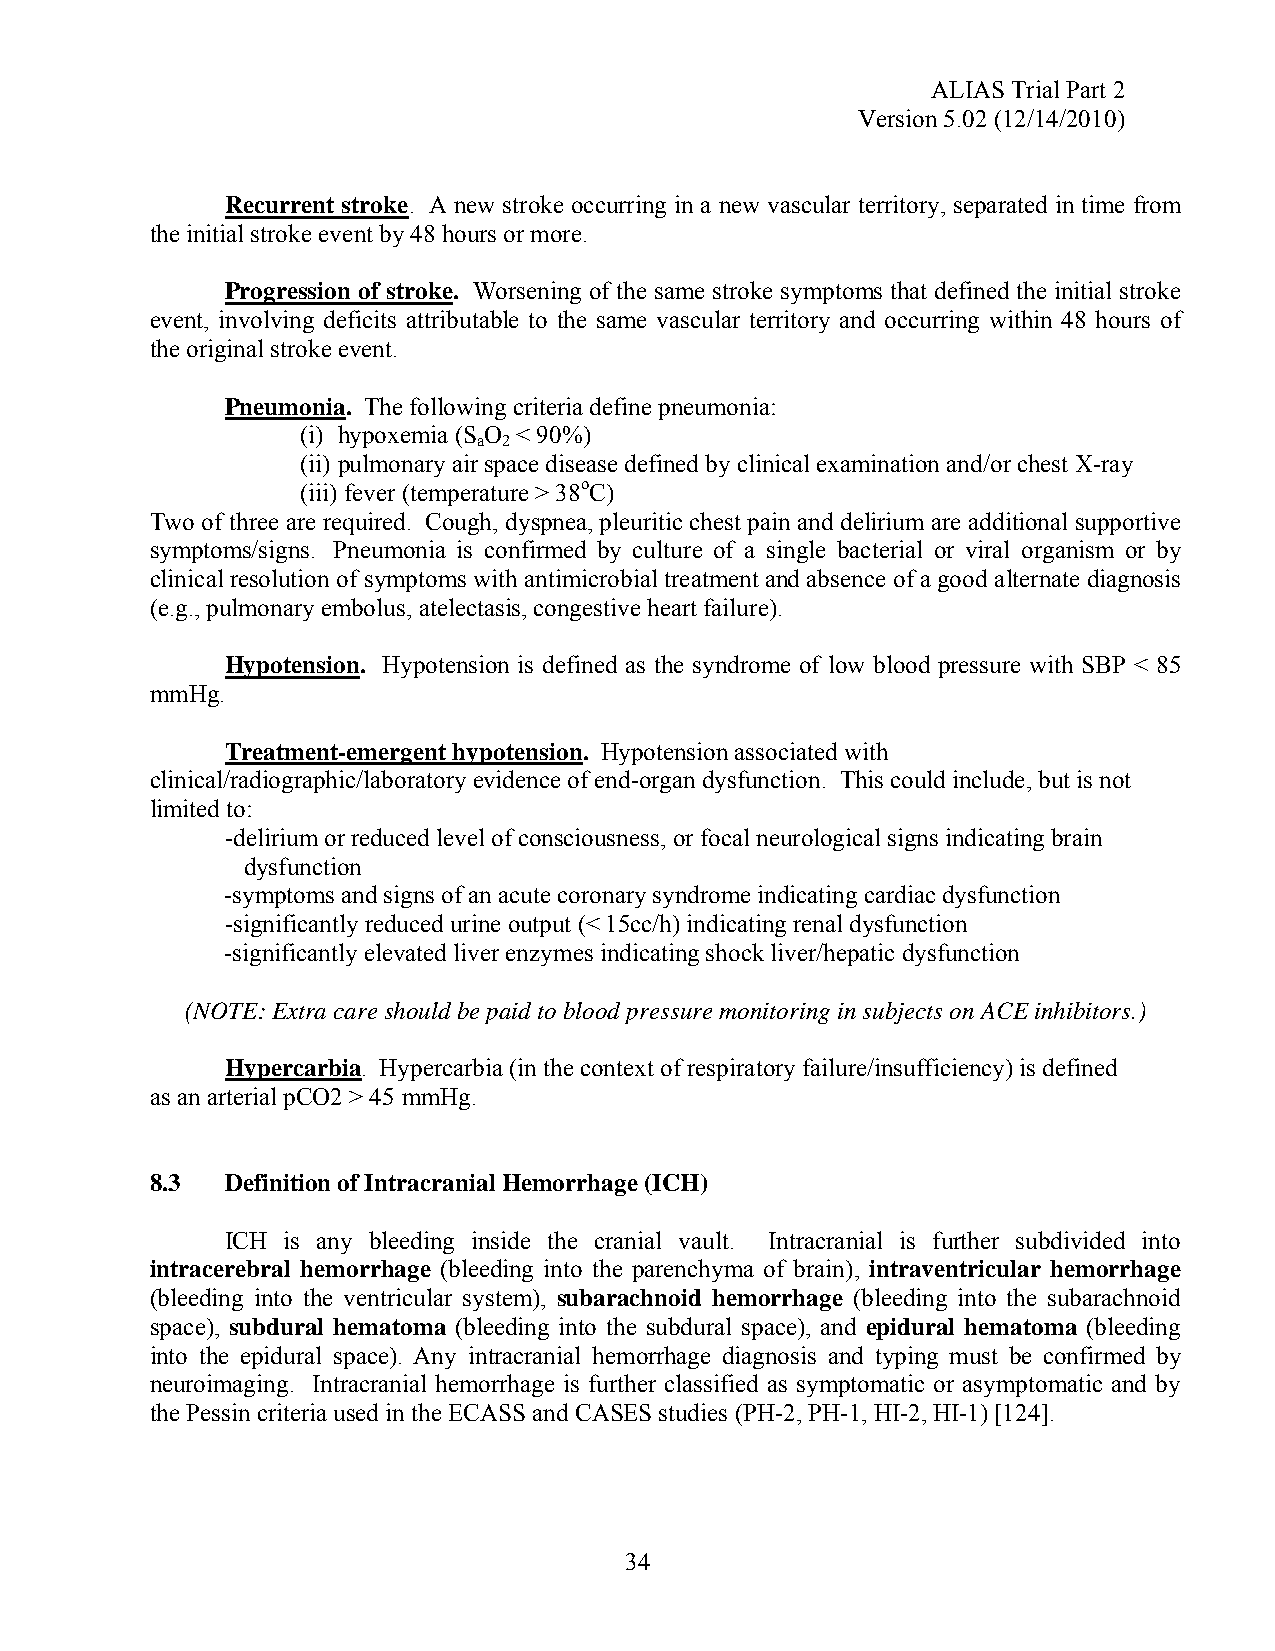
ALIAS Trial Part 2
 Version 5.02 (12/14/2010)
 Recurrent stroke. A new stroke occurring in a new vascular territory, separated in time from
 the initial stroke event by 48 hours or more.
 Progression of stroke. Worsening of the same stroke symptoms that defined the initial stroke
 event, involving deficits attributable to the same vascular territory and occurring within 48 hours of
 the original stroke event.
 Pneumonia. The following criteria define pneumonia:
 (i) hypoxemia (S O < 90%)
 a 2
 (ii) pulmonary air space disease defined by clinical examination and/or chest X-ray
 (iii) fever (temperature > 38oC)
 Two of three are required. Cough, dyspnea, pleuritic chest pain and delirium are additional supportive
 symptoms/signs. Pneumonia is confirmed by culture of a single bacterial or viral organism or by
 clinical resolution of symptoms with antimicrobial treatment and absence of a good alternate diagnosis
 (e.g., pulmonary embolus, atelectasis, congestive heart failure).
 Hypotension. Hypotension is defined as the syndrome of low blood pressure with SBP < 85
 mmHg.
 Treatment-emergent hypotension. Hypotension associated with
 clinical/radiographic/laboratory evidence of end-organ dysfunction. This could include, but is not
 limited to:
 -delirium or reduced level of consciousness, or focal neurological signs indicating brain
 dysfunction
 -symptoms and signs of an acute coronary syndrome indicating cardiac dysfunction
 -significantly reduced urine output (< 15cc/h) indicating renal dysfunction
 -significantly elevated liver enzymes indicating shock liver/hepatic dysfunction
 (NOTE: Extra care should be paid to blood pressure monitoring in subjects on ACE inhibitors.)
 Hypercarbia. Hypercarbia (in the context of respiratory failure/insufficiency) is defined
 as an arterial pCO2 > 45 mmHg.
 8.3  Definition of Intracranial Hemorrhage (ICH)
 ICH is any bleeding inside the cranial vault. Intracranial is further subdivided into
 intracerebral hemorrhage (bleeding into the parenchyma of brain), intraventricular hemorrhage
 (bleeding into the ventricular system), subarachnoid hemorrhage (bleeding into the subarachnoid
 space), subdural hematoma (bleeding into the subdural space), and epidural hematoma (bleeding
 into the epidural space). Any intracranial hemorrhage diagnosis and typing must be confirmed by
 neuroimaging. Intracranial hemorrhage is further classified as symptomatic or asymptomatic and by
 the Pessin criteria used in the ECASS and CASES studies (PH-2, PH-1, HI-2, HI-1) [124].
 34